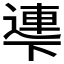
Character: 𠁎